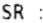
SR :